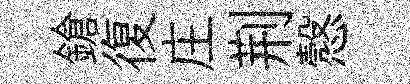
鎗復庄荆慤